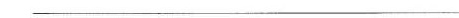
______